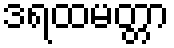
ဒရထမတ္တာ